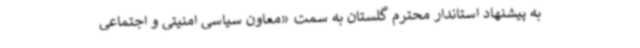
به پیشنهاد استاندار محترم گلستان به سمت «معاون سیاسی امنیتی و اجتماعی